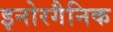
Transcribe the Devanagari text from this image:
इनोरगैनिक